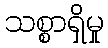
သစ္စာရှိမှု